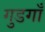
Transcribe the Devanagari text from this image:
गुडगाँ